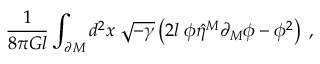
\frac { 1 } { 8 \pi G l } \int _ { \partial M } d ^ { 2 } x \; \sqrt { - \gamma } \left( 2 l \; \phi \hat { \eta } ^ { M } \partial _ { M } \phi - \phi ^ { 2 } \right) \; ,